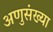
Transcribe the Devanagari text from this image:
अणुसंख्या